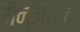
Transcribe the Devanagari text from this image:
मैन्जारेक